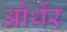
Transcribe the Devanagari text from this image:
और्थेर